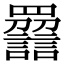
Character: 𧭿